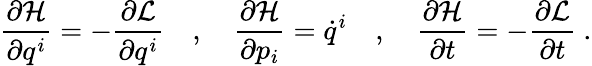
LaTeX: {\frac{\partial{\mathcal{H}}}{\partial q^{i}}}=-{\frac{\partial{\mathcal{L}}}{\partial q^{i}}}\quad,\quad{\frac{\partial{\mathcal{H}}}{\partial p_{i}}}={\dot{q}}^{i}\quad,\quad{\frac{\partial{\mathcal{H}}}{\partial t}}=-{\frac{\partial{\mathcal{L}}}{\partial t}}\ .